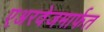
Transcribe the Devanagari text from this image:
एअरवेजमार्फत